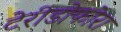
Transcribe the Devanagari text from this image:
टेरीडोफोरा